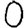
Digit: 0